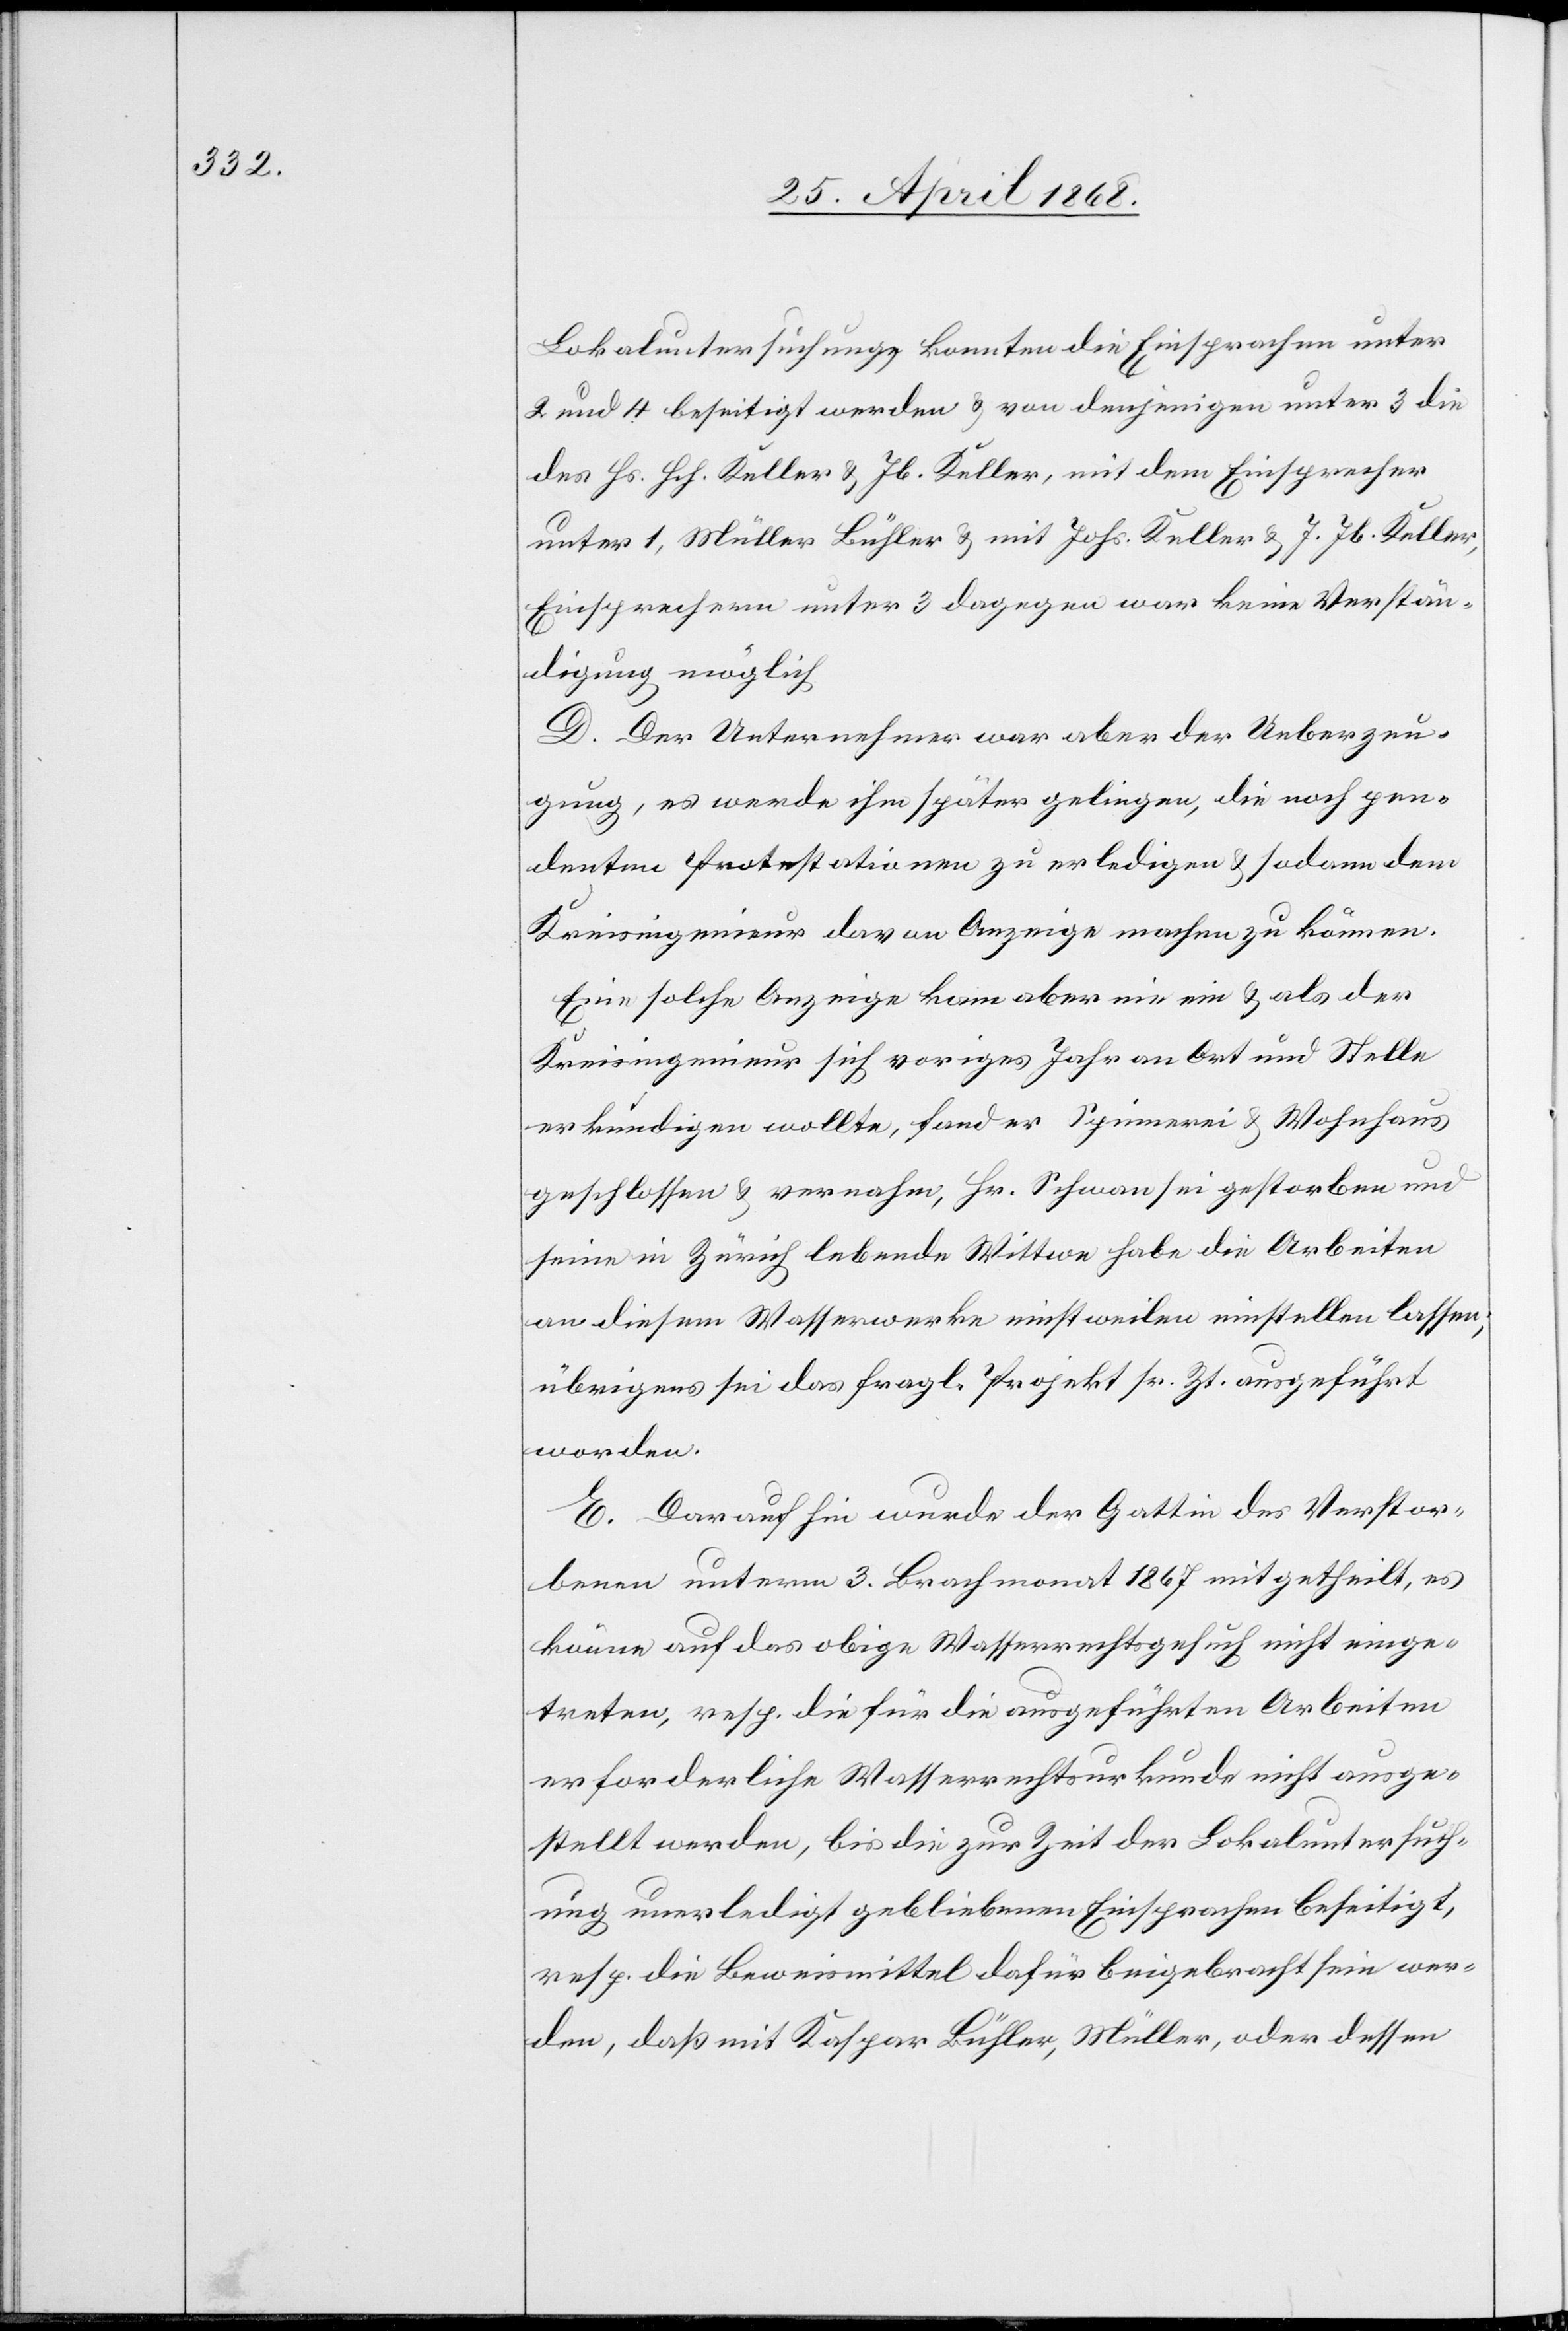
Lokaluntersuchung konnten die Einsprachen unter
2 und 4 beseitigt werden & von denjenigen unter 3 die
des Hs. Hch. Keller & Jb. Keller, mit dem Einsprecher
unter 1, Müller Bühler & mit Johs. Keller & J. Jb. Keller,
Einsprechern unter 3 dagegen war keine Verstän¬
digung möglich.
D. Der Unternehmer war aber der Ueberzeu¬
gung, es werde ihm später gelingen, die noch pen¬
denten Protestationen zu erledigen & sodann dem
Kreisingenieur davon Anzeige machen zu können.
Eine solche Anzeige kam aber nie ein & als der
Kreisingenieur sich voriges Jahr an Ort und Stelle
erkundigen wollte, fand er Spinnerei & Wohnhaus
geschlossen & vernahm, Hr. Schwan sei gestorben und
seine in Zürich lebende Wittwe habe die Arbeiten
an diesem Wasserwerke einstweilen einstellen lassen;
übrigens sei das fragl. Projekt sr. Zt. ausgeführt
worden.
E. Darauf hin wurde der Gattin des Verstor¬
benen unterm 3. Brachmonat 1867 mitgetheilt, es
könne auf das obige Wasserrechtsgesuch nicht einge¬
treten, resp. die für die ausgeführten Arbeiten
erforderliche Wasserrechtsurkunde nicht ausge¬
stellt werden, bis die zur Zeit der Lokaluntersuch¬
ung unerledigt gebliebenen Einsprachen beseitigt,
resp. die Beweismittel dafür beigebracht sein wer¬
den, daß mit Kaspar Bühler, Müller, oder dessen